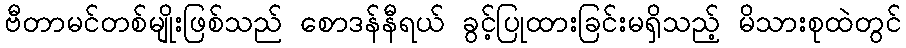
ဗီတာမင်တစ်မျိုးဖြစ်သည် စောဒန်နီရယ် ခွင့်ပြုထားခြင်းမရှိသည့် မိသားစုထဲတွင်